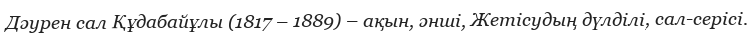
Дәурен сал Құдабайұлы (1817 – 1889) – ақын, әнші, Жетісудың дүлділі, сал-серісі.